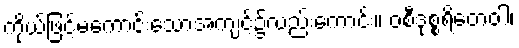
ကိုယ်ဖြင့်မကောင်းသောအကျင့်၌လည်းကောင်း။ ဝစီဒုစ္စရိတေဝါ၊